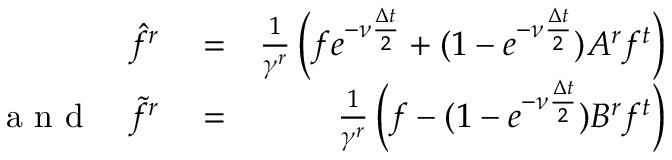
\begin{array} { r l r } { \hat { f } ^ { r } } & { { } = } & { \frac { 1 } { \gamma ^ { r } } \left( f e ^ { - \nu \frac { \Delta t } { 2 } } + ( 1 - e ^ { - \nu \frac { \Delta t } { 2 } } ) A ^ { r } f ^ { t } \right) } \\ { \textrm { a n d } \quad \widetilde { f } ^ { r } } & { { } = } & { \frac { 1 } { \gamma ^ { r } } \left( f - ( 1 - e ^ { - \nu \frac { \Delta t } { 2 } } ) B ^ { r } f ^ { t } \right) } \end{array}